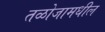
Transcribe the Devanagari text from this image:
तळोजामधील